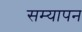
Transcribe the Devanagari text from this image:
सम्यापन